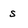
Character: s